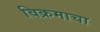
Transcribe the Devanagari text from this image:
विक्रमाचा